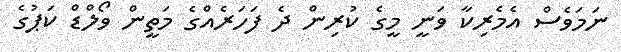
ނަމަވެސް އެމެރިކާ ވަނީ މީގެ ކުރިން ދެ ފަހަރެއްގެ މަތީން ވޯލްޑް ކަޕުގެ